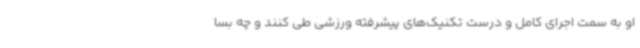
او به سمت اجرای کامل و درست تکنیک‌های پیشرفته ورزشی طی کنند و چه بسا